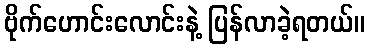
ဗိုက်ဟောင်းလောင်းနဲ့ ပြန်လာခဲ့ရတယ်။